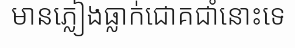
មានភ្លៀងធ្លាក់ជោគជាំនោះទេ